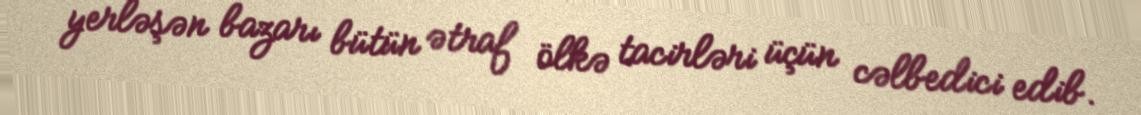
yerləşən bazarı bütün ətraf ölkə tacirləri üçün cəlbedici edib.